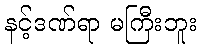
နင့်ဒဏ်ရာ မကြီးဘူး